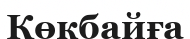
Көкбайға